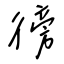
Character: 徬